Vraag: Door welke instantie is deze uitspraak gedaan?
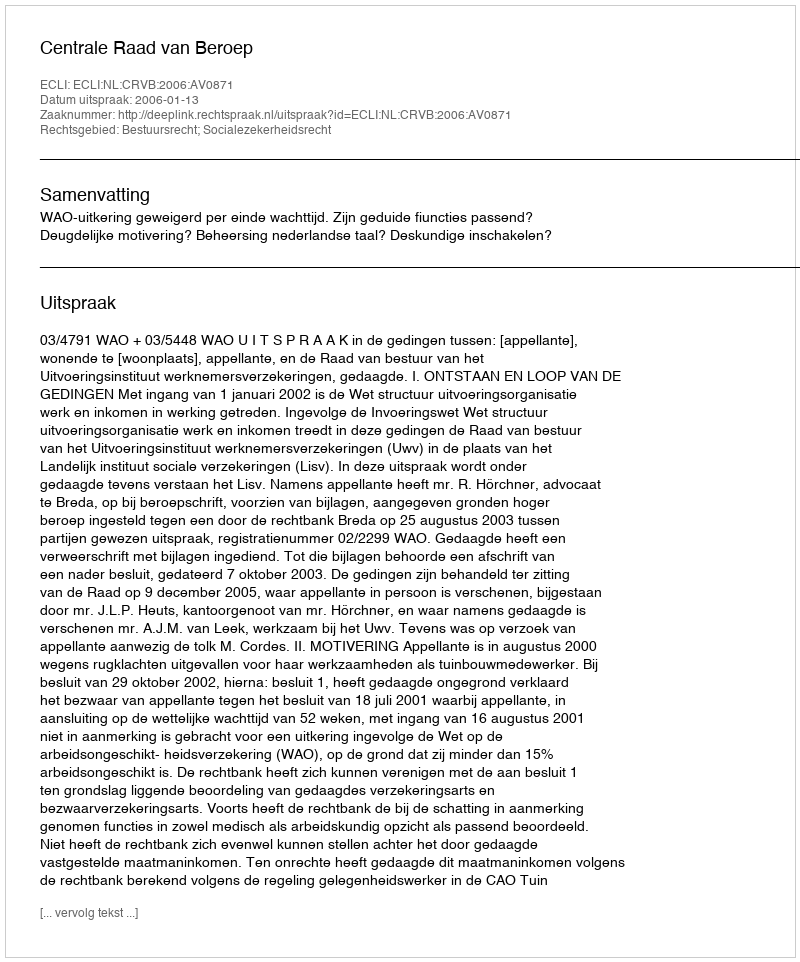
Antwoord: Centrale Raad van Beroep